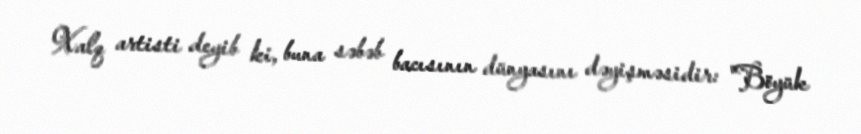
Xalq artisti deyib ki, buna səbəb bacısının dünyasını dəyişməsidir: "Böyük